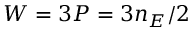
{ \cal { W } } = 3 { P } = 3 { n } _ { E } / 2